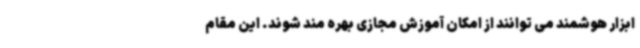
ابزار هوشمند می توانند از امکان آموزش مجازی بهره مند شوند. این مقام